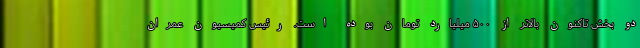
دو بخش تاکنون بالاتر از ۵۰۰ میلیارد تومان بوده است. رئیس کمیسیون عمران